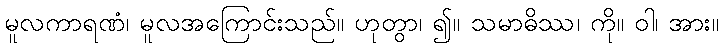
မူလကာရဏံ၊ မူလအကြောင်းသည်။ ဟုတွာ၊ ၍။ သမာဓိဿ၊ ကို။ ဝါ၊ အား။